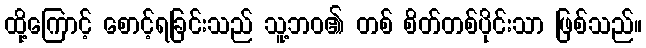
ထို့ကြောင့် စောင့်ရခြင်းသည် သူ့ဘဝ၏ တစ် စိတ်တစ်ပိုင်းသာ ဖြစ်သည်။